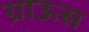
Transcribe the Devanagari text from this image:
ग्राऊस